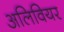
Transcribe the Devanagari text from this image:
अलिवियर